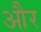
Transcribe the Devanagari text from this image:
और